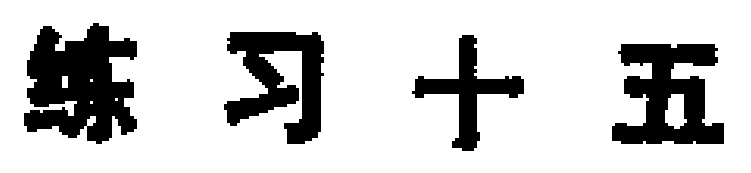
练习十五